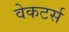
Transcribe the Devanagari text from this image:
वेकटर्स